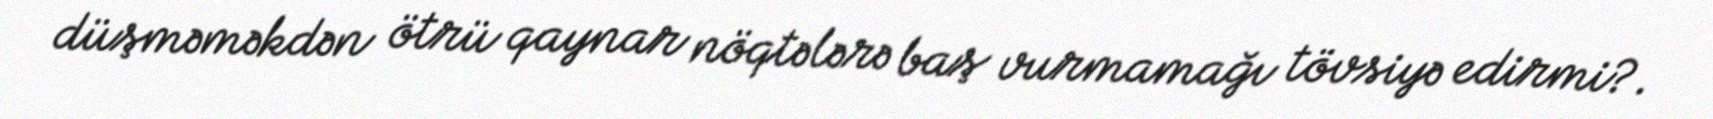
düşməməkdən ötrü qaynar nöqtələrə baş vurmamağı tövsiyə edirmi?.